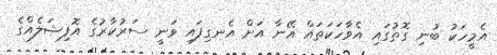
އެމީހަކު ބުނި ގޮތުގައި އެވާހަކަތައް އޭނާ އަށް އެނގިފައި ވަނީ ސަރުކާރުގެ އޮފިޝަލެއްގެ